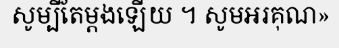
សូម្បីតែម្តងឡើយ ។ សូមអរគុណ»